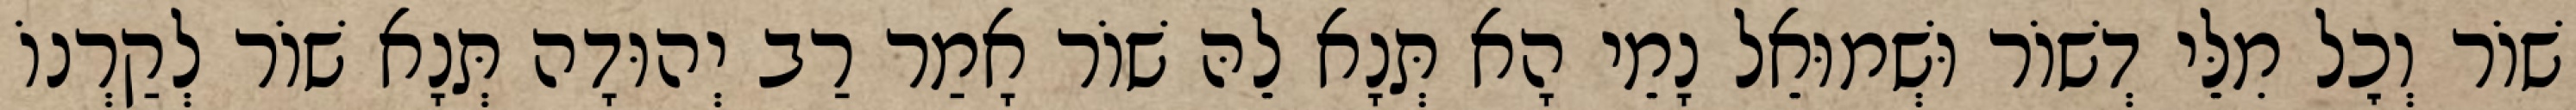
שׁוֹר וְכׇל מִלֵּי דְשׁוֹר וּשְׁמוּאֵל נָמֵי הָא תְּנָא לֵהּ שׁוֹר אָמַר רַב יְהוּדָה תְּנָא שׁוֹר לְקַרְנוֹ